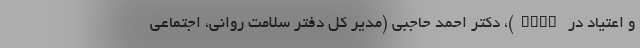
و اعتیاد در EMRO)، دکتر احمد حاجبی (مدیر کل دفتر سلامت روانی، اجتماعی